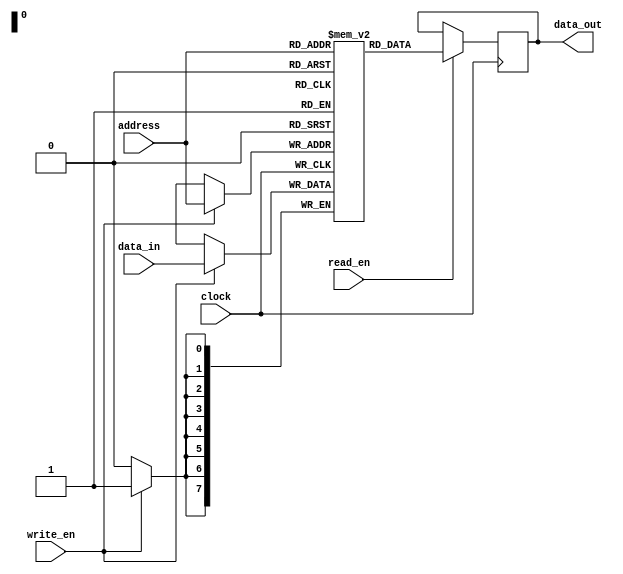
module SRAM (
    input wire clock,
    input wire write_en,
    input wire read_en,
    input wire [7:0] address,
    input wire [7:0] data_in,
    output reg [7:0] data_out
);

reg [7:0] memory [0:255];

always @(posedge clock) begin
    if (write_en) begin
        memory[address] <= data_in;
    end
    if (read_en) begin
        data_out <= memory[address];
    end
end

endmodule